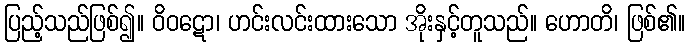
ပြည့်သည်ဖြစ်၍။ ဝိဝဋော၊ ဟင်းလင်းထားသော အိုးနှင့်တူသည်။ ဟောတိ၊ ဖြစ်၏။